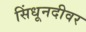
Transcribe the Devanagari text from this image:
सिंधूनदीवर